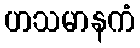
ဟသမာနကံ